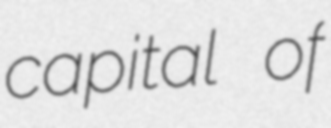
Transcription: capital of